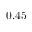
0 . 4 5